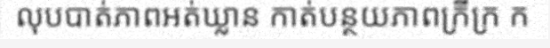
លុបបាត់ភាពអត់ឃ្លាន កាត់បន្ថយភាពក្រីក្រ ក